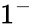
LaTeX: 1^{-}